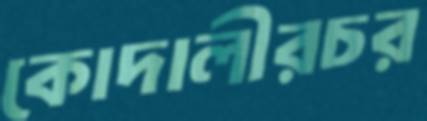
কোদালীরচর